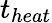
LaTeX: t_{heat}